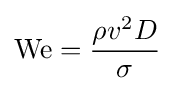
\mathrm {We} ={\frac {\rho v^{2}D}{\sigma }}